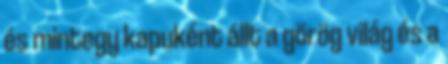
és mintegy kapuként állt a görög világ és a